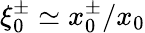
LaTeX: \xi_{0}^{\pm}\simeq x_{0}^{\pm}/x_{0}